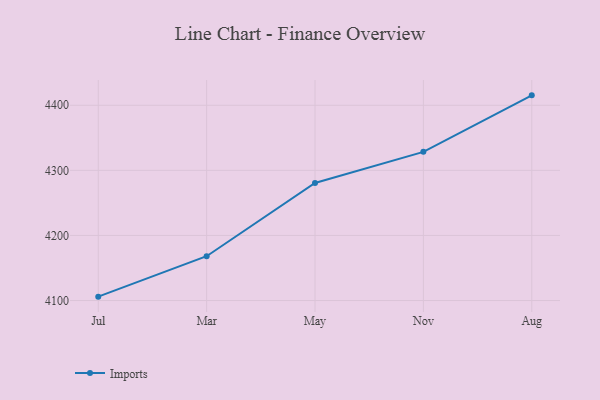
{"axis": {"x": "Month", "y": "Demand Index"}, "legend": ["Imports"], "data": [{"x": "Jul", "y": 4106.0, "type": "Imports"}, {"x": "Mar", "y": 4168.1, "type": "Imports"}, {"x": "May", "y": 4280.6, "type": "Imports"}, {"x": "Nov", "y": 4328.4, "type": "Imports"}, {"x": "Aug", "y": 4415.2, "type": "Imports"}]}